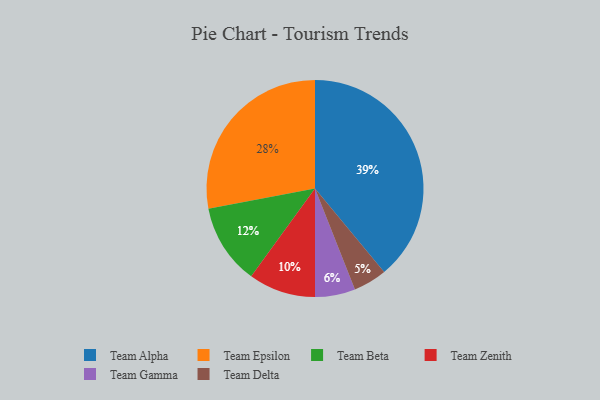
{"axis": {"x": "Category", "y": "Percentage"}, "legend": ["Team Alpha", "Team Beta", "Team Delta", "Team Epsilon", "Team Gamma", "Team Zenith"], "data": [{"x": "Team Zenith", "y": 10, "type": "Team Zenith"}, {"x": "Team Beta", "y": 12, "type": "Team Beta"}, {"x": "Team Epsilon", "y": 28, "type": "Team Epsilon"}, {"x": "Team Alpha", "y": 39, "type": "Team Alpha"}, {"x": "Team Delta", "y": 5, "type": "Team Delta"}, {"x": "Team Gamma", "y": 6, "type": "Team Gamma"}]}